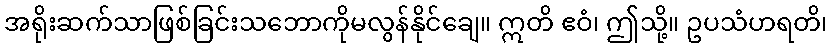
အရိုးဆက်သာဖြစ်ခြင်းသဘောကိုမလွန်နိုင်ချေ။ ဣတိ ဧဝံ၊ ဤသို့။ ဥပသံဟရတိ၊